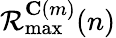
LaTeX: \mathcal{R}_{\operatorname*{max}}^{\mathbf{C}(m)}(n)